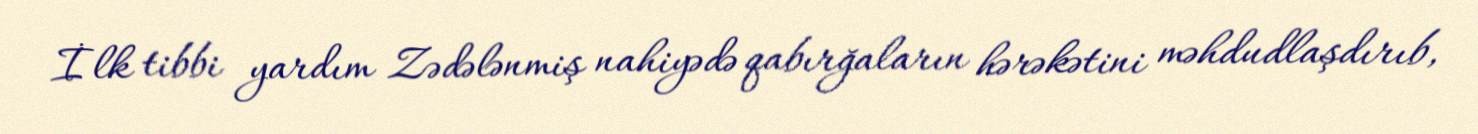
İlk tibbi yardım Zədələnmiş nahiyədə qabırğaların hərəkətini məhdudlaşdırıb,